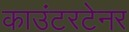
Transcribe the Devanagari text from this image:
काउंटरटेनर